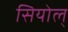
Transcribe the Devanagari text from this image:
सियोल्